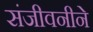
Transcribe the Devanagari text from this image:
संजीवनीने